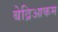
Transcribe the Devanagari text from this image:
बेद्रिआकम